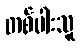
တစ်ပါးသူ